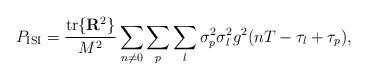
LaTeX: \begin{align*}P_{\mathrm{ISI}}=\frac{\mathrm{tr}\{\mathbf{R}^2\}}{M^2}\sum_{n\neq 0}\sum_{p}\sum_l\sigma_p^2\sigma_l^2g^2(nT-\tau_l+\tau_p),\end{align*}